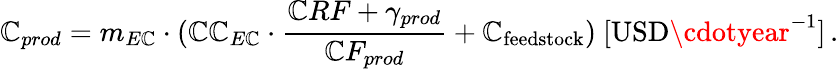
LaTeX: \mathbb{C}_{prod}=m_{E\mathbb{C}}\cdot(\mathbb{C}\mathbb{C}_{E\mathbb{C}}\cdot\frac{{\mathbb{C}RF+\gamma_{prod}}}{{\mathbb{C}F_{prod}}}+\mathbb{C}_{\mathrm{{feedstock}}})\ [\mathrm{{USD}}\cdotyear^{-1}]\, .